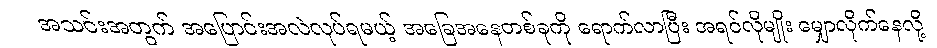
အသင်းအတွက် အပြောင်းအလဲလုပ်ရမယ့် အခြေအနေတစ်ခုကို ရောက်လာပြီး အရင်လိုမျိုး မျှောလိုက်နေလို့